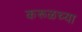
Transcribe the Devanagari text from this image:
करूळच्या